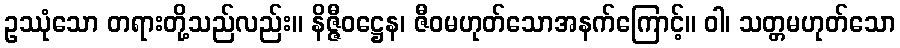
ဥဿုံသော တရားတို့သည်လည်း။ နိဇ္ဇီဝဋ္ဌေန၊ ဇီဝမဟုတ်သောအနက်ကြောင့်။ ဝါ၊ သတ္တမဟုတ်သော